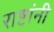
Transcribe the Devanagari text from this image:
राष्टांनी